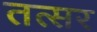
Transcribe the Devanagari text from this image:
तत्सर